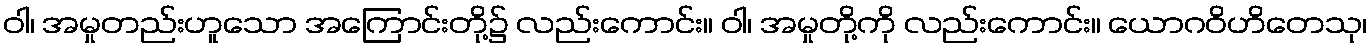
ဝါ၊ အမှုတည်းဟူသော အကြောင်းတို့၌ လည်းကောင်း။ ဝါ၊ အမှုတို့ကို လည်းကောင်း။ ယောဂဝိဟိတေသု၊